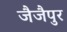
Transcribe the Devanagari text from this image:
जैजैपुर